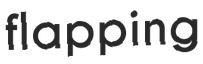
flapping